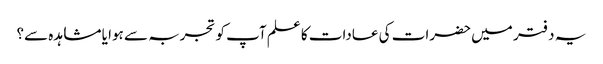
یہ دفتر میں حضرات کی عادات کا علم آپ کو تجربہ سے ہوا یا مشاہدہ سے؟